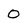
Character: 0